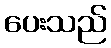
ပေးသည်